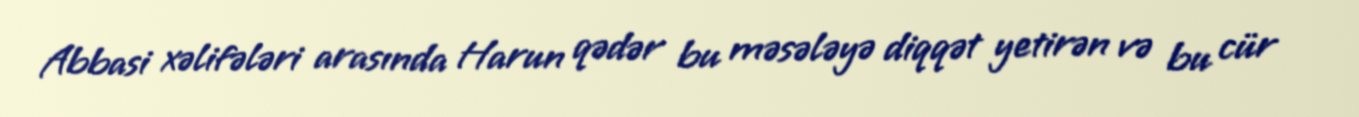
Abbasi xəlifələri arasında Harun qədər bu məsələyə diqqət yetirən və bu cür